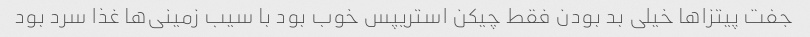
جفت پیتزا‌ها خیلی بد بودن فقط چیکن استریپس خوب بود با سیب زمینی‌ها غذا سرد بود